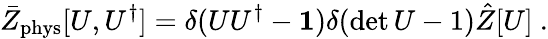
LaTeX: \bar{Z}_{\mathrm{phys}}[U,U^{\dagger}]=\delta(UU^{\dagger}-\boldsymbol{1})\delta(\operatorname*{det}U-1)\hat{Z}[U]\ .